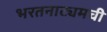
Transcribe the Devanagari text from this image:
भरतनाट्यमची